Lunatic asylums Bombay report 1891-1903 - 1891-1903
Year: 1891
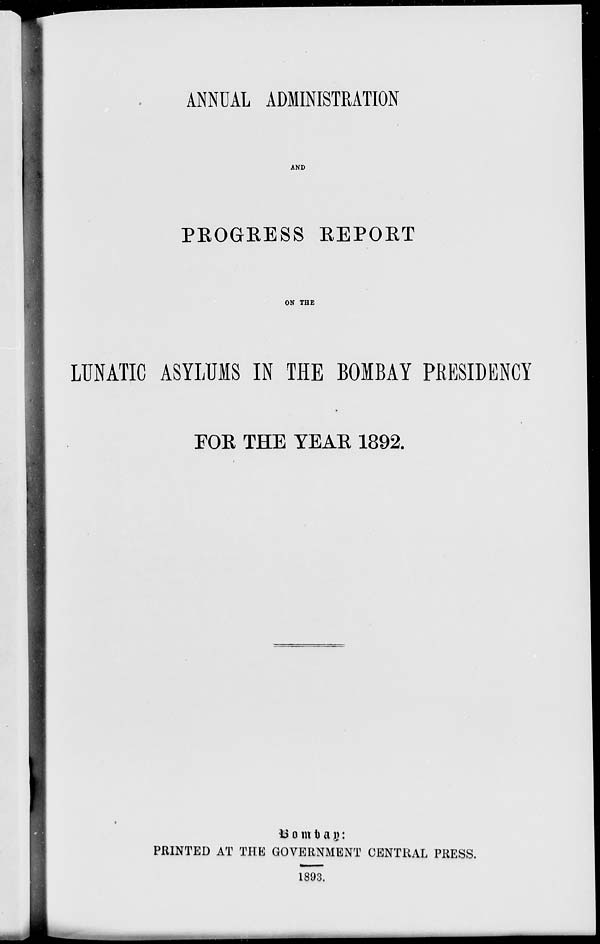
ANNUAL ADMINISTRATION
AND
PROGRESS REPORT
ON THE
LUNATIC ASYLUMS IN THE BOMBAY PRESIDENCY
FOR THE YEAR 1892.
Bombay :
PRINTED AT THE GOVERNMENT CENTRAL PRESS.
1893.